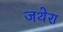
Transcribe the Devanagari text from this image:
जथेरा